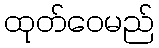
ထုတ်ဝေမည်